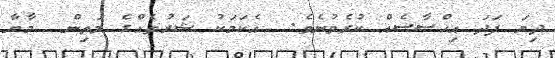
ދިޔަ ފަދަ އިހްސާސެއް ކުރެވުނެވެ.  އެކަމަކު ޝަރުތެއްގެ މަތިން  މާޔާ